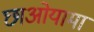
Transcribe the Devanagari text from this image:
छाओयामा